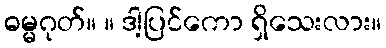
ဓမ္မဂုတ်။ ။ ဒါ့ပြင်ကော ရှိသေးလား။